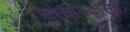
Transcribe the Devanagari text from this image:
सोसायटीसह